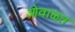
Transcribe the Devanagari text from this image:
ओवाळत